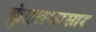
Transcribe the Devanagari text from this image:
कुंडलकासार